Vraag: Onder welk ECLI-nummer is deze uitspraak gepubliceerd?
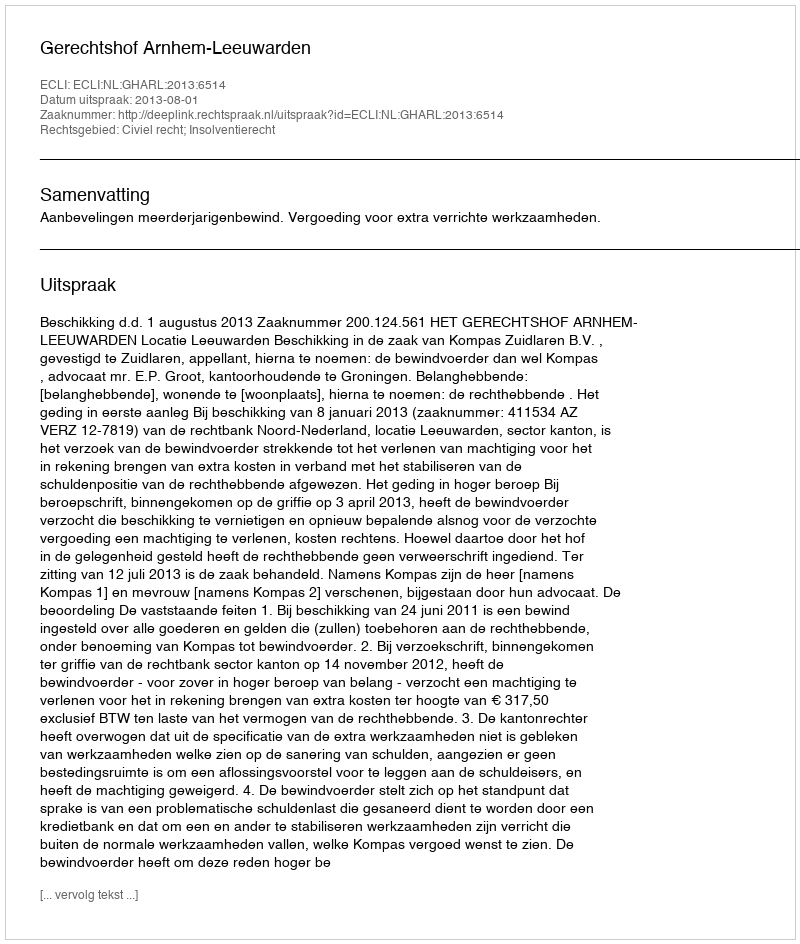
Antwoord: ECLI:NL:GHARL:2013:6514